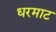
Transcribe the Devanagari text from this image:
धरमाट